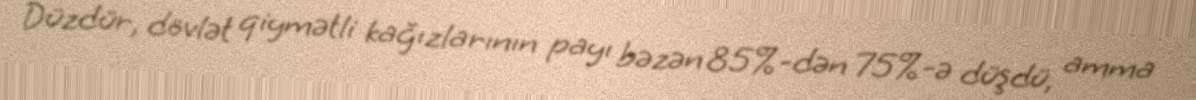
Düzdür, dövlət qiymətli kağızlarının payı bəzən 85%-dən 75%-ə düşdü, amma